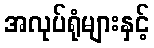
အလုပ်ရုံများနှင့်